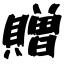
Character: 贈